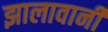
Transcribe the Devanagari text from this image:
झालावानी